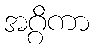
အဂ္ဂိကာ